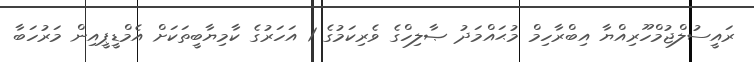
ރައީސުލްޖުމްހޫރިއްޔާ އިބްރާހިމް މުޙައްމަދު ޞާލިހްގެ ވެރިކަމުގެ 1 އަހަރުގެ ކާމިޔާބީތަކަށް އެމްޑީޕީއިން މަރުހަބާ